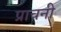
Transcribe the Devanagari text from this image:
प्राचनी